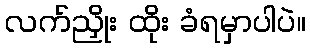
လက်ညှိုး ထိုး ခံရမှာပါပဲ။